Madras plague regulations and rules - Volume 2
Disease focus: Plague
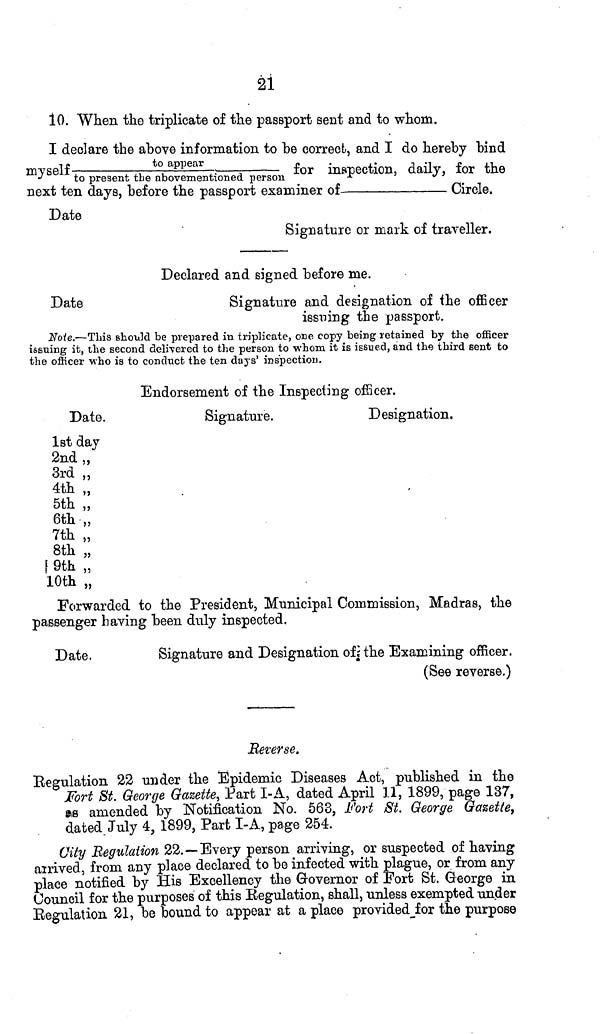
21
10. When the triplicate of the passport sent and to whom.
I declare the above information to be correct, and I do hereby bind
myself
to
appear
for inspection, daily, for the
to present the abovementioned person
next ten days, before the passport examiner of _________________ Circle.
Date
Signature or mark of traveller.
Declared and signed before me.
Date
Signature and designation of the officer
issuing the passport.
Note.—This should be prepared in triplicate, one copy being retained by the officer
issuing it, the second delivered to the person to whom it is issued, and the third sent to
the officer who is to conduct the ten days' inspection.
Endorsement of the Inspecting officer.
Date.
1st day
2nd ,,
3rd „
4th „
5th „
6th „
7th „
8th „
9th „
10th „
Signature.
Designation.
Forwarded to the President, Municipal Commission, Madras, the
passenger having been duly inspected.
Date.
Signature and Designation of the Examining officer.
(See reverse.)
Reverse.
Regulation 22 under the Epidemic Diseases Act, published in the
Fort St. George Gazette, Part I-A, dated April 11, 1899, page 137,
as amended by Notification No. 563, Fort St. George Gazette,
dated July 4, 1899, Part I-A, page 254.
City Regulation 22.—Every person arriving, or suspected of having
arrived, from any place declared to be infected with plague, or from any
place notified by His Excellency the Governor of Fort St. Greorge in
Council for the purposes of this Regulation, shall, unless exempted under
Regulation 21, be bound to appear at a place provided for the purpose